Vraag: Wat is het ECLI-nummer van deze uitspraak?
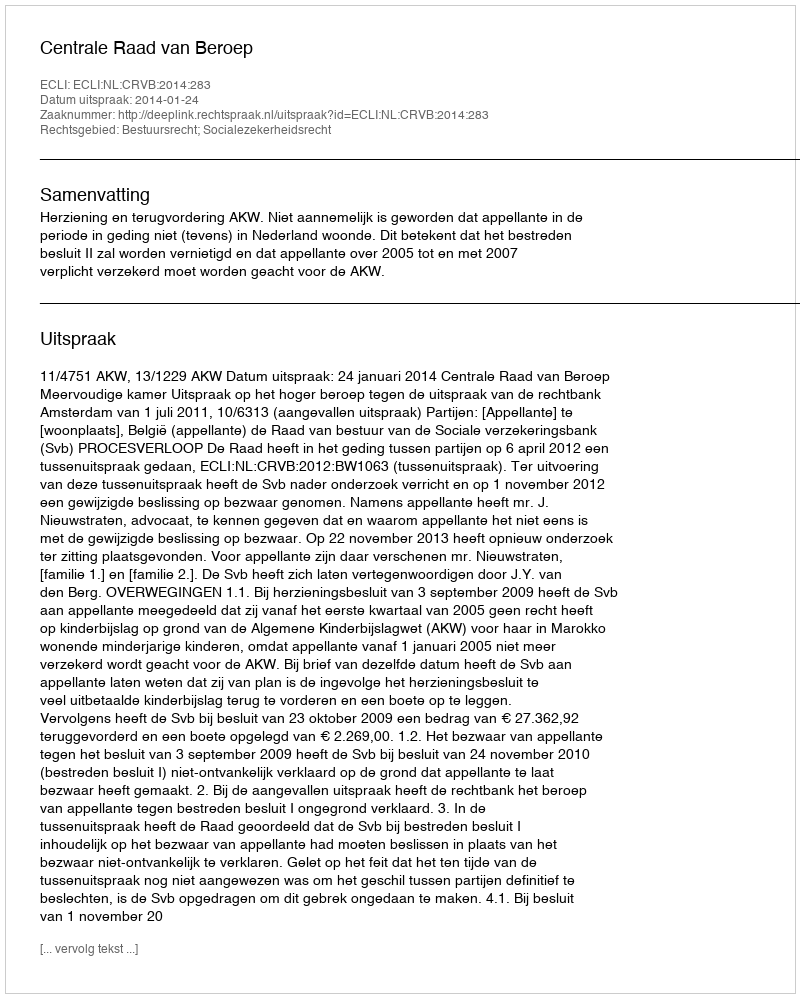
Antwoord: ECLI:NL:CRVB:2014:283